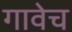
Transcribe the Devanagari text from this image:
गावेच